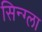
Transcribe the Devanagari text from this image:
सिन्ग्ला